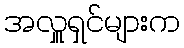
အလှူရှင်များက